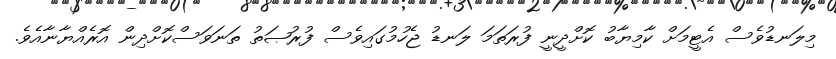
މިލަނޑުވެސް އެޓީމަށް ކާމިޔާބު ކޮށްދީނީ ފުރަތަމަ ލަނޑު ޖެހުމުގައިވެސް ފުރުޞަތު ތަނަވަސްކޮށްދިން އޮރެއްޔާނާއެވެ.